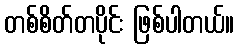
တစ်စိတ်တပိုင်း ဖြစ်ပါတယ်။